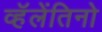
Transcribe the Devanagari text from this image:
व्हॅलेंतिनो